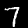
Label: 7